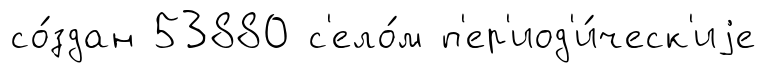
со́здан 53880 с'ело́м п'ер'иод'и́ческ'иjе